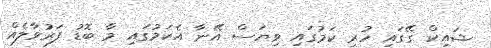
ޝައިކް ގޭގައި ހުރި ކަމުގައި ވިޔަސް އޭނާ އެކަމުގައި މާ ބޮޑު ފަރުވާލެއް